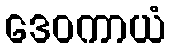
ဒေဝကာယံ